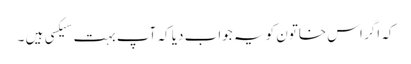
کہ اگر اس خاتون کو یہ جواب دیا کہ آپ بہت سیکسی ہیں ۔